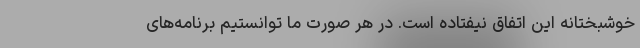
خوشبختانه این اتفاق نیفتاده است. در هر صورت ما توانستیم برنامه‌های